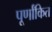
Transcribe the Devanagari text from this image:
पूर्णांकित